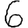
Digit: 6